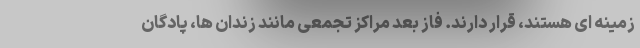
زمینه ای هستند، قرار دارند. فاز بعد مراکز تجمعی مانند زندان ها، پادگان